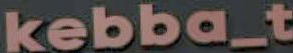
kebba_t